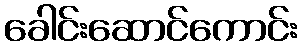
ခေါင်းဆောင်ကောင်း